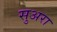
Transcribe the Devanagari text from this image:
सुअरा